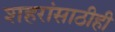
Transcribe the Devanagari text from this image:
शहरांसाठीही